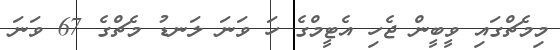
މިމެޗްގައި ވީބީން ޖެހި އެޓީމްގެ ހަ ވަނަ ލަނޑު މެޗްގެ 67 ވަނަ